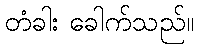
တံခါး ခေါက်သည်။